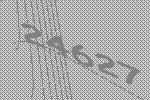
24627